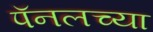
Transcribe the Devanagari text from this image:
पॅनलच्या